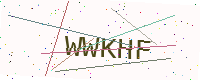
Text: WWKHF